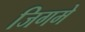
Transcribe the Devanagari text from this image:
जिगमे